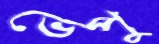
ভেপু